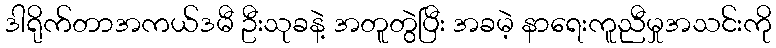
ဒါရိုက်တာအကယ်ဒမီ ဦးသုခနဲ့ အတူတွဲပြီး အခမဲ့ နာရေးကူညီမှုအသင်းကို